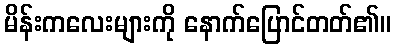
မိန်းကလေးများကို နောက်ပြောင်တတ်၏။